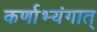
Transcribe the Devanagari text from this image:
कर्णाभ्यंगात्‌